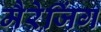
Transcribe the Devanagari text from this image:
मैरेजिंग